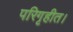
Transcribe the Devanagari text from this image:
परिगृहीत।